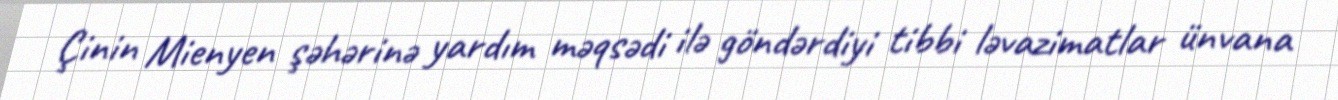
Çinin Mienyen şəhərinə yardım məqsədi ilə göndərdiyi tibbi ləvazimatlar ünvana